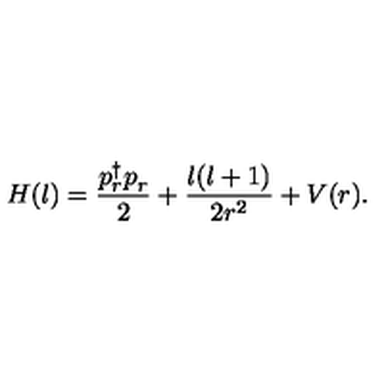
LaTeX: H ( l ) = { \frac { p _ { r } ^ { \dagger } p _ { r } ^ { } } { 2 } } + { \frac { l ( l + 1 ) } { 2 r ^ { 2 } } } + V ( r ) .